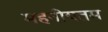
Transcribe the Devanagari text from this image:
महनीयतम